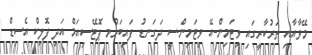
މޭވާއާއި ތަރުކާރީގައި ވިޓަމިން-އޭ ވިޓަމިން-ސީ ދަގަނޑު ފައިބަރުމ ޕޮޓޭސިއަމް އަދި ފޮލިކް އެސިޑް